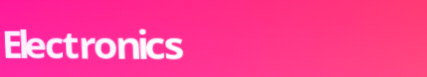
Electronics